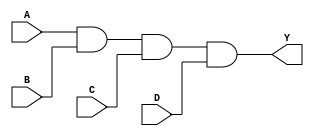
module four_input_and_gate (
    input A,
    input B,
    input C,
    input D,
    output Y
);
    
    assign Y = A & B & C & D; // AND operation for all four input signals
    
endmodule